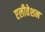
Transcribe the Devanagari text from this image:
एलीवेशन